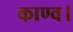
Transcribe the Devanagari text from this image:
काण्व।